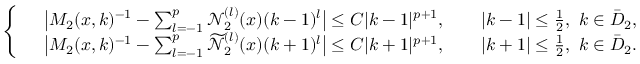
\begin{array} { r } { \left\{ \begin{array} { l l } & { \big | M _ { 2 } ( x , k ) ^ { - 1 } - \sum _ { l = - 1 } ^ { p } \mathcal { N } _ { 2 } ^ { ( l ) } ( x ) ( k - 1 ) ^ { l } \big | \leq C | k - 1 | ^ { p + 1 } , \qquad | k - 1 | \leq \frac { 1 } { 2 } , \ k \in \bar { D } _ { 2 } , } \\ & { \big | M _ { 2 } ( x , k ) ^ { - 1 } - \sum _ { l = - 1 } ^ { p } \widetilde { \mathcal { N } } _ { 2 } ^ { ( l ) } ( x ) ( k + 1 ) ^ { l } \big | \leq C | k + 1 | ^ { p + 1 } , \qquad | k + 1 | \leq \frac { 1 } { 2 } , \ k \in \bar { D } _ { 2 } . } \end{array} \right. } \end{array}